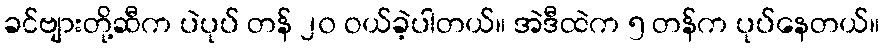
ခင်ဗျားတို့ဆီက ပဲပုပ် တန် ၂၀ ဝယ်ခဲ့ပါတယ်။ အဲဒီထဲက ၅ တန်က ပုပ်နေတယ်။